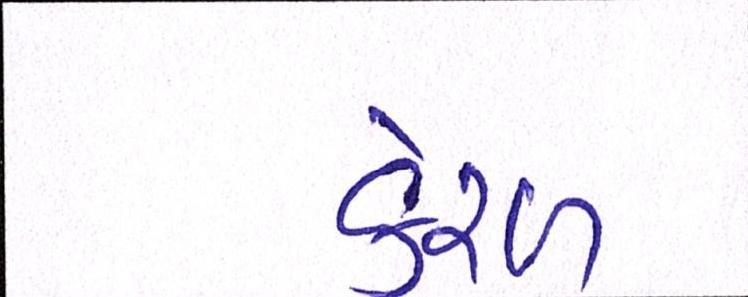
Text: કેરળ